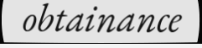
obtainance